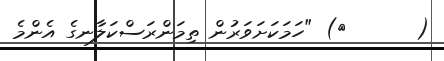
(      ٤) "ހަމަކަށަވަރުން ތިމަންރަސްކަލާނގެ އެންމެ